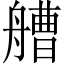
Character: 艚